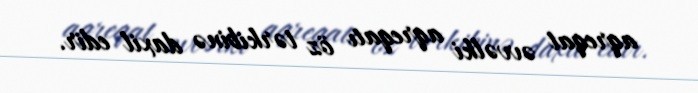
aqreqat əvvəlki aqreqatı öz tərkibinə daxil edir.